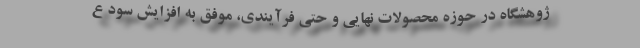
ژوهشگاه در حوزه محصولات نهایی و حتی فرآیندی، موفق به افزایش سود ع